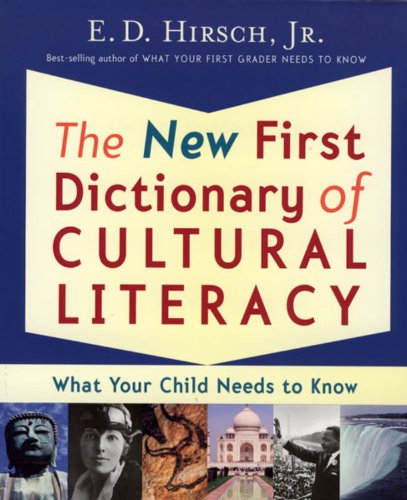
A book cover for The New First Dictionary of Cultural Literacy: What Your Child Needs to Know; E. D. Hirsch Professor of English; Reference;